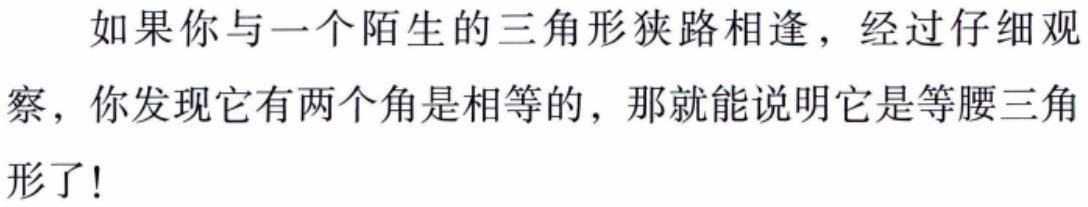
如果你与一个陌生的三角形狭路相逢，经过仔细观察，你发现它有两个角是相等的，那就能说明它是等腰三角形了!